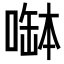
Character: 𠼭